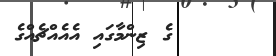
ގެ ޒިންމާގައި އެއެއްޗެއްގެ